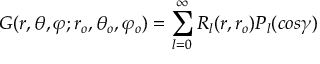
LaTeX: G ( r , \theta , \varphi ; r _ { o } , \theta _ { o } , \varphi _ { o } ) = \sum _ { l = 0 } ^ { \infty } R _ { l } ( r , r _ { o } ) P _ { l } ( c o s \gamma ) \,